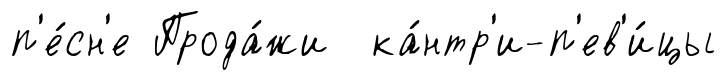
п'е́сн'е Прода́жи ка́нтр'и-п'ев'и́цы